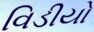
વિડીયો